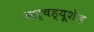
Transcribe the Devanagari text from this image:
आर्चड्यूशेज़